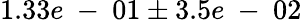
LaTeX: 1.33e\mathrm{~-~}01\pm 3.5e\mathrm{~-~}02